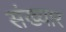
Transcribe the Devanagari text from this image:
संख्यार